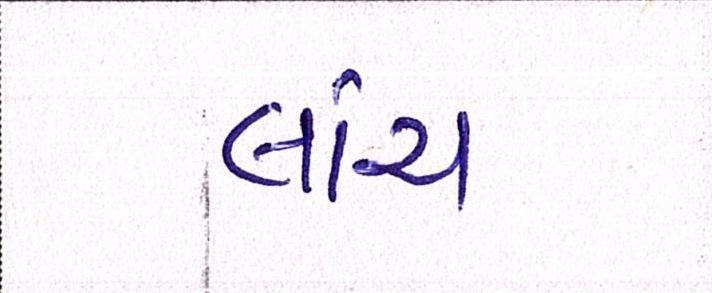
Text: લાંચ